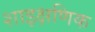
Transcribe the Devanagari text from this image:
शाइक्षणिक